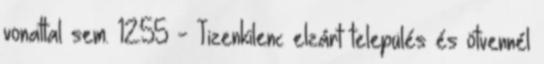
vonattal sem. 12:55 - Tizenkilenc elzárt település és ötvennél